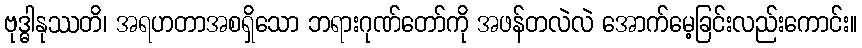
ဗုဒ္ဓါနုဿတိ၊ အရဟတာအစရှိသော ဘရားဂုဏ်တော်ကို အဖန်တလဲလဲ အောက်မေ့ခြင်းလည်းကောင်း။